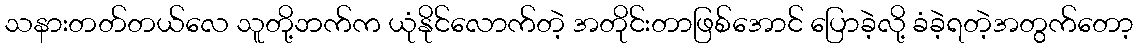
သနားတတ်တယ်လေ သူတို့ဘက်က ယုံနိုင်လောက်တဲ့ အတိုင်းတာဖြစ်အောင် ပြောခဲ့လို့ ခံခဲ့ရတဲ့အတွက်တော့